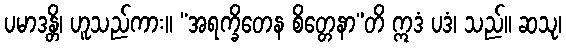
ပမာဒန္တိ၊ ဟူသည်ကား။ “အရက္ခိတေန စိတ္တေနာ”တိ ဣဒံ ပဒံ၊ သည်။ ဆသု၊